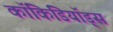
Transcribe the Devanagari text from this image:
कॉकिडियॉड्स